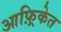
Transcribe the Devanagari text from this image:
आफ़्रिकेत